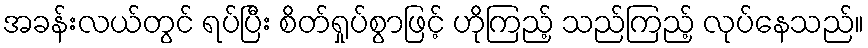
အခန်းလယ်တွင် ရပ်ပြီး စိတ်ရှုပ်စွာဖြင့် ဟိုကြည့် သည်ကြည့် လုပ်နေသည်။